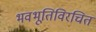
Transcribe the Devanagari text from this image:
भवभूतिविरचित